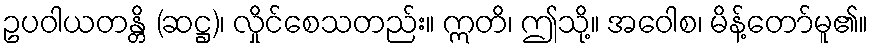
ဥပဝါယတန္တိ (ဆဋ္ဌ)၊ လှိုင်စေသတည်း။ ဣတိ၊ ဤသို့။ အဝေါစ၊ မိန့်တော်မူ၏။